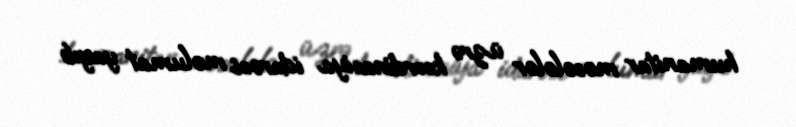
humanitar məsələlər üzrə koordinasiya idarəsi məlumat yayıb.